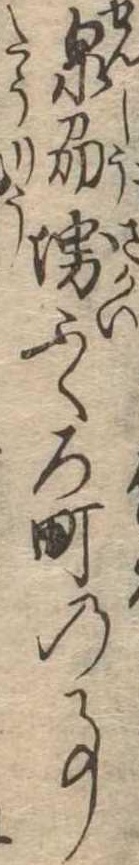
泉州堺ふくろ町の事